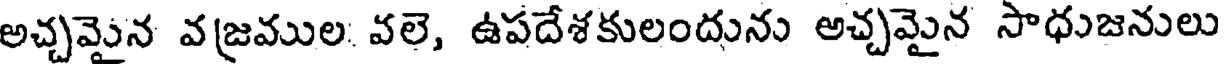
అచ్చమైన వజ్రముల. వలె, ఉపదేశకులందును అచ్చమైన సాధుజనులు